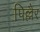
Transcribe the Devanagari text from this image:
पिल्लैर